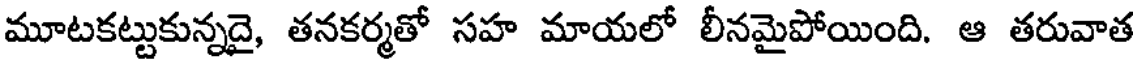
మూటకట్టుకున్నదై, తనకర్మతో సహ మాయలో లీనమైపోయింది. ఆ తరువాత